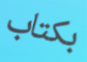
بكتاب